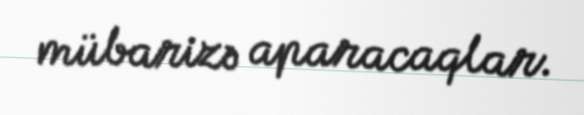
mübarizə aparacaqlar.